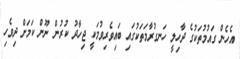
އެހެން ގައުމުތަކުގެ ދާހިލީ ހަނގުރާމަތަކުގައި ބައިވެރިވުމަކީ ޖިހާދު ކުރުން ނޫން ކަމަށް ދިވެހި